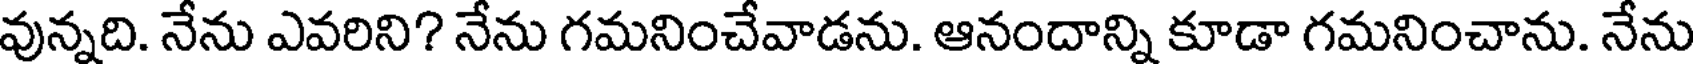
వున్నది. నేను ఎవరిని? నేను గమనించేవాడను. ఆనందాన్ని కూడా గమనించాను. నేను